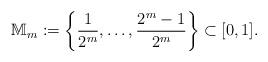
LaTeX: \begin{align*}\mathbb M_m:=\left\{\frac{1}{2^{m}},\dots,\frac{2^{m}-1}{2^{m}}\right\}\subset [0,1].\end{align*}